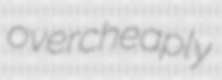
overcheaply